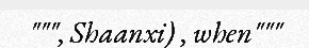
""", Shaanxi) , when"""